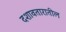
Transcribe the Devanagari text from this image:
दशावतारातील